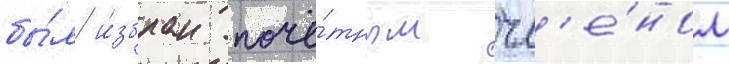
бы́л и́збран почё́тным чл'е́ном